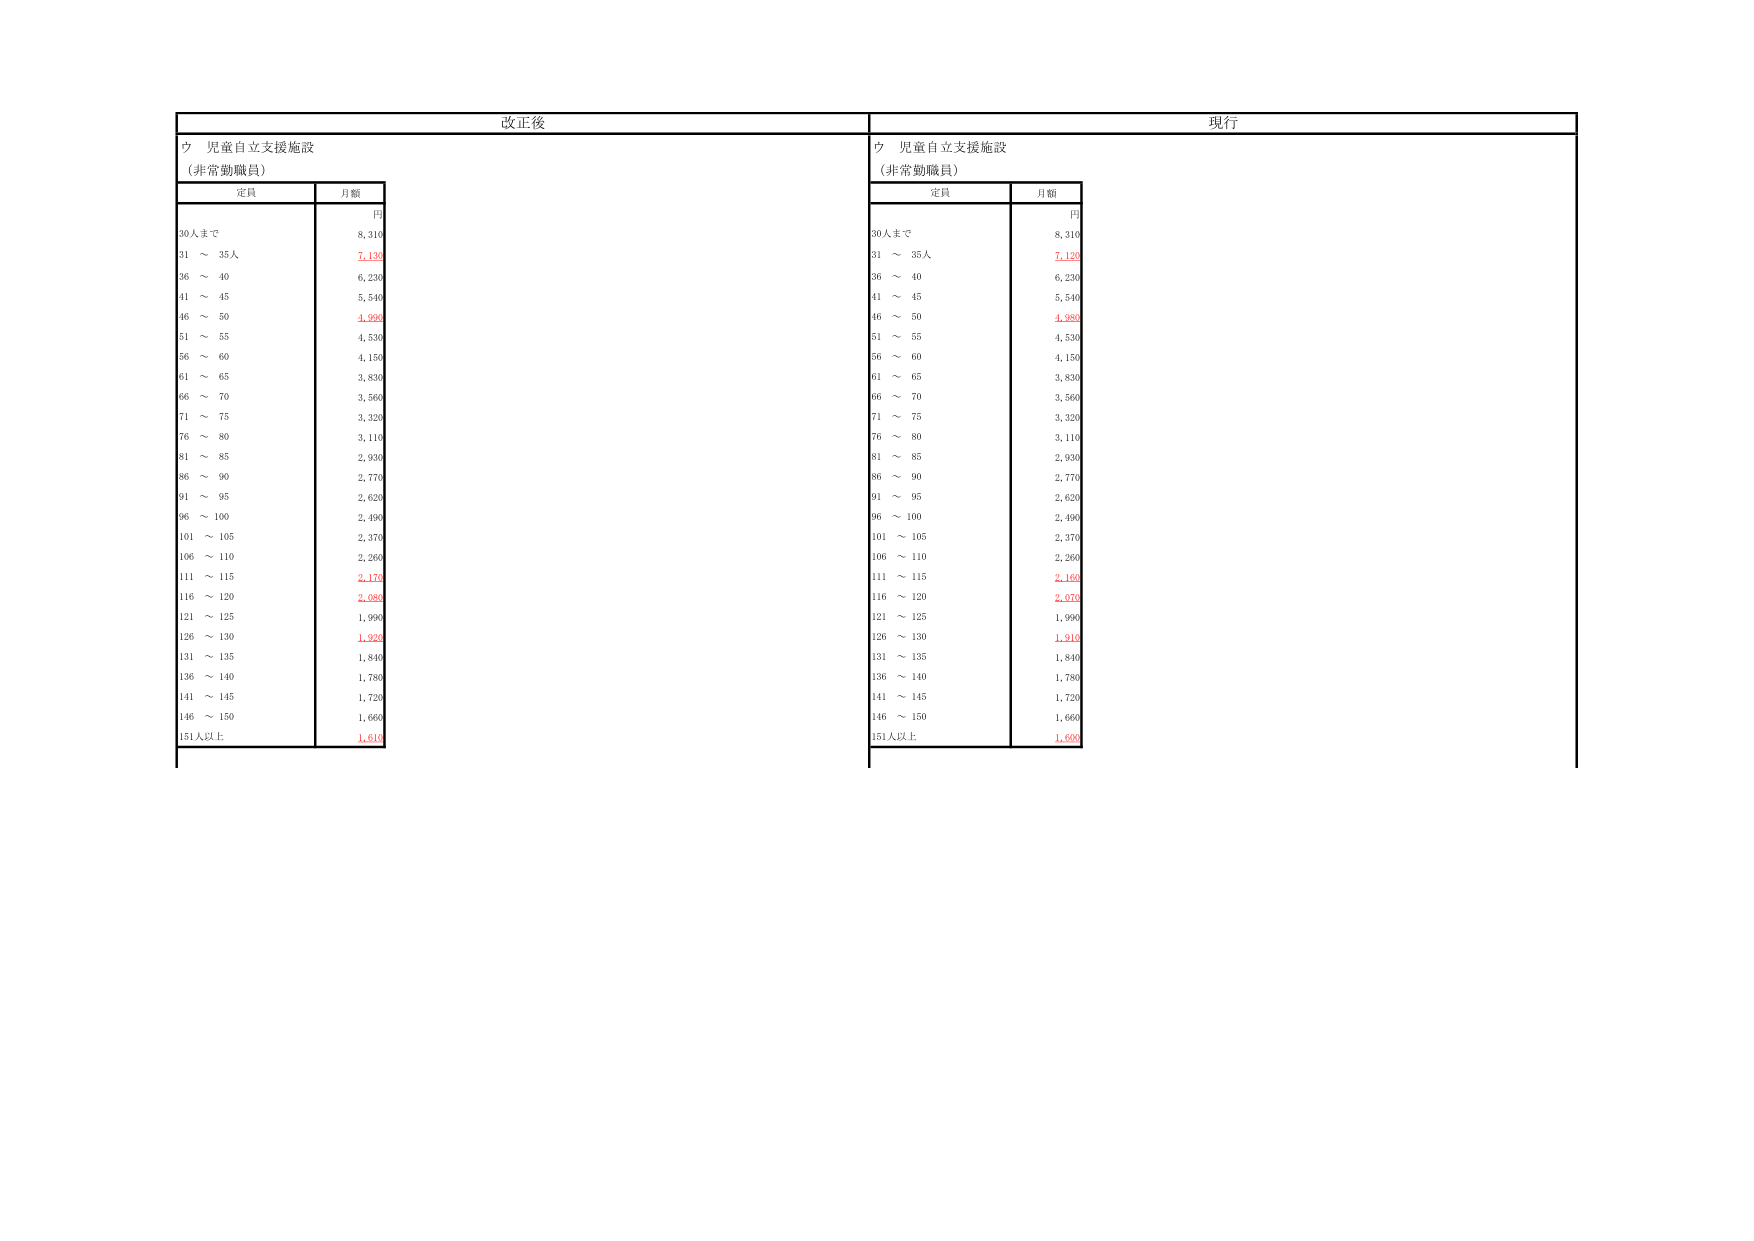
改正後
ウ 児童自立支援施設
（非常勤職員）
定員
月額
円
30人まで
8,310
31 ～ 35人
7,130
36 ～ 40
6,230
41 ～ 45
5,540
46 ～ 50
4,990
51 ～ 55
4,530
56 ～ 60
4,150
61 ～ 65
3,830
66 ～ 70
3,560
71 ～ 75
3,320
76 ～ 80
3,110
81 ～ 85
2,930
86 ～ 90
2,770
91 ～ 95
2,620
96 ～ 100
2,490
101 ～ 105
2,370
106 ～ 110
2,260
111 ～ 115
2,170
116 ～ 120
2,080
121 ～ 125
1,990
126 ～ 130
1,920
131 ～ 135
1,840
136 ～ 140
1,780
141 ～ 145
1,720
146 ～ 150
1,660
151人以上
1,610

現行
ウ 児童自立支援施設
（非常勤職員）
定員
月額
円
30人まで
8,310
31 ～ 35人
7,120
36 ～ 40
6,230
41 ～ 45
5,540
46 ～ 50
4,980
51 ～ 55
4,530
56 ～ 60
4,150
61 ～ 65
3,830
66 ～ 70
3,560
71 ～ 75
3,320
76 ～ 80
3,110
81 ～ 85
2,930
86 ～ 90
2,770
91 ～ 95
2,620
96 ～ 100
2,490
101 ～ 105
2,370
106 ～ 110
2,260
111 ～ 115
2,160
116 ～ 120
2,070
121 ～ 125
1,990
126 ～ 130
1,910
131 ～ 135
1,840
136 ～ 140
1,780
141 ～ 145
1,720
146 ～ 150
1,660
151人以上
1,600